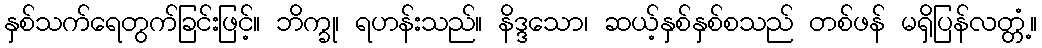
နှစ်သက်ရေတွက်ခြင်းဖြင့်။ ဘိက္ခု၊ ရဟန်းသည်။ နိဒ္ဒသော၊ ဆယ့်နှစ်နှစ်စသည် တစ်ဖန် မရှိပြန်လတ္တံ့။